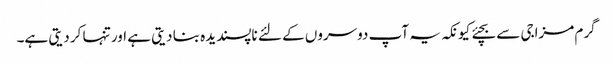
گرم مزاجی سے بچئے کیونکہ یہ آپ دوسروں کے لئے ناپسندیدہ بنا دیتی ہے اور تنہا کر دیتی ہے۔